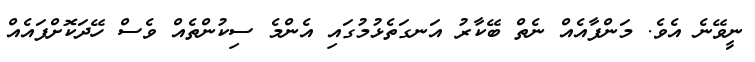
ނީވޭނެ އެވެ. މަންފާއެއް ނެތް ބޭކާރު އަނގަތެޅުމުގައި އެންމެ ސިކުންތެއް ވެސް ހޭދަކޮށްފައެއް